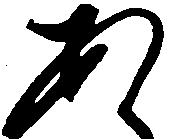
あ